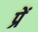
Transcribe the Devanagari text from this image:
प्रें